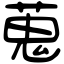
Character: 蒐